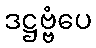
ဒဋ္ဌဗ္ဗံပေ